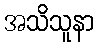
အသိသူနာ